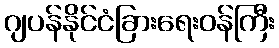
ဂျပန်နိုင်ငံခြားရေးဝန်ကြီး